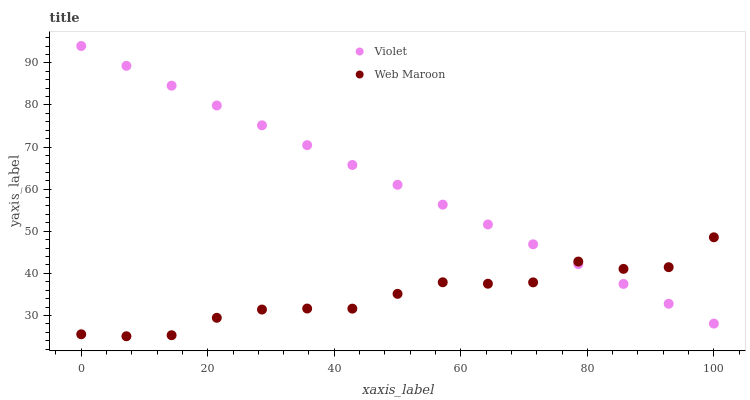
| xaxis_label | Violet | Web Maroon |
 | --- | --- | --- |
 | 0 | 94 | 25.5 |
 | 7.14 | 89.3 | 25.1 |
 | 14.3 | 84.6 | 25.3 |
 | 21.4 | 79.9 | 29.4 |
 | 28.6 | 75.2 | 31.4 |
 | 35.7 | 70.5 | 31.6 |
 | 42.9 | 65.7 | 31.6 |
 | 50 | 61 | 35.1 |
 | 57.1 | 56.3 | 37.9 |
 | 64.3 | 51.6 | 37.5 |
 | 71.4 | 46.9 | 37.9 |
 | 78.6 | 42.2 | 42.8 |
 | 85.7 | 37.5 | 41.1 |
 | 92.9 | 32.8 | 41.5 |
 | 100 | 28.1 | 48.6 |